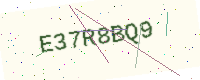
Text: E37R8BQ9